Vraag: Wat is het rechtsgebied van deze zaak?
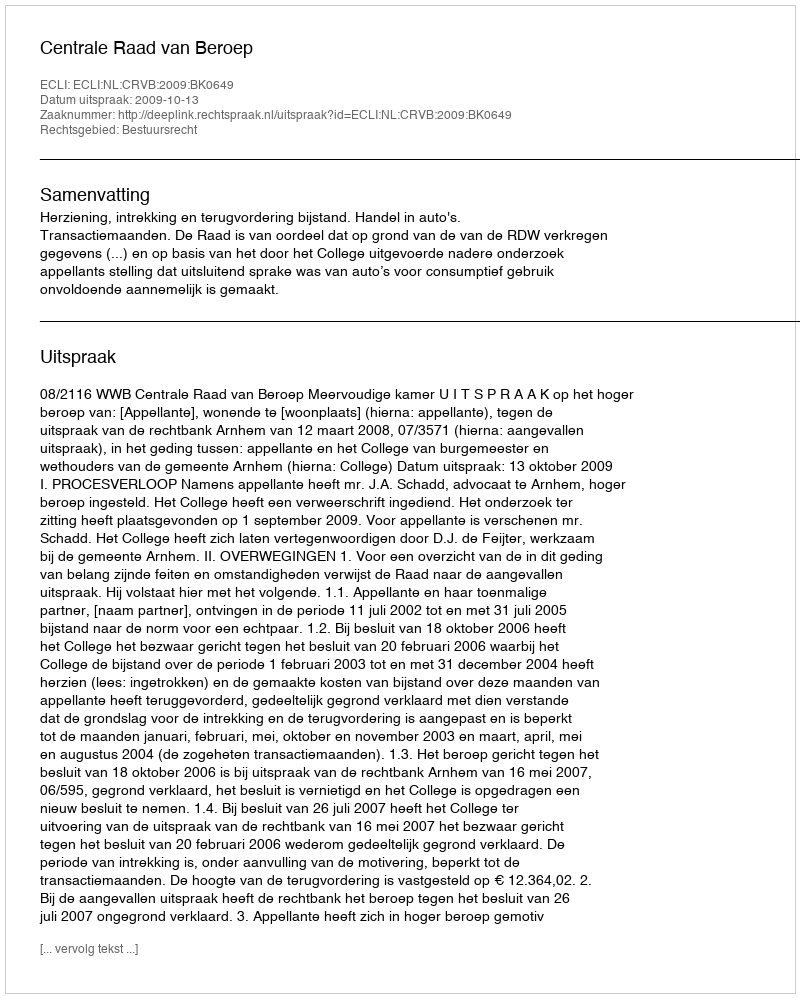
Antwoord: Bestuursrecht